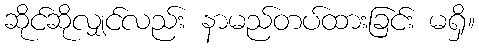
ဆိုင်ဆိုလျှင်လည်း နာမည်တပ်ထားခြင်း မရှိ။